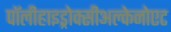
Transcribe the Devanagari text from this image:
पॉलीहाइड्रोक्सीअल्केनोएट